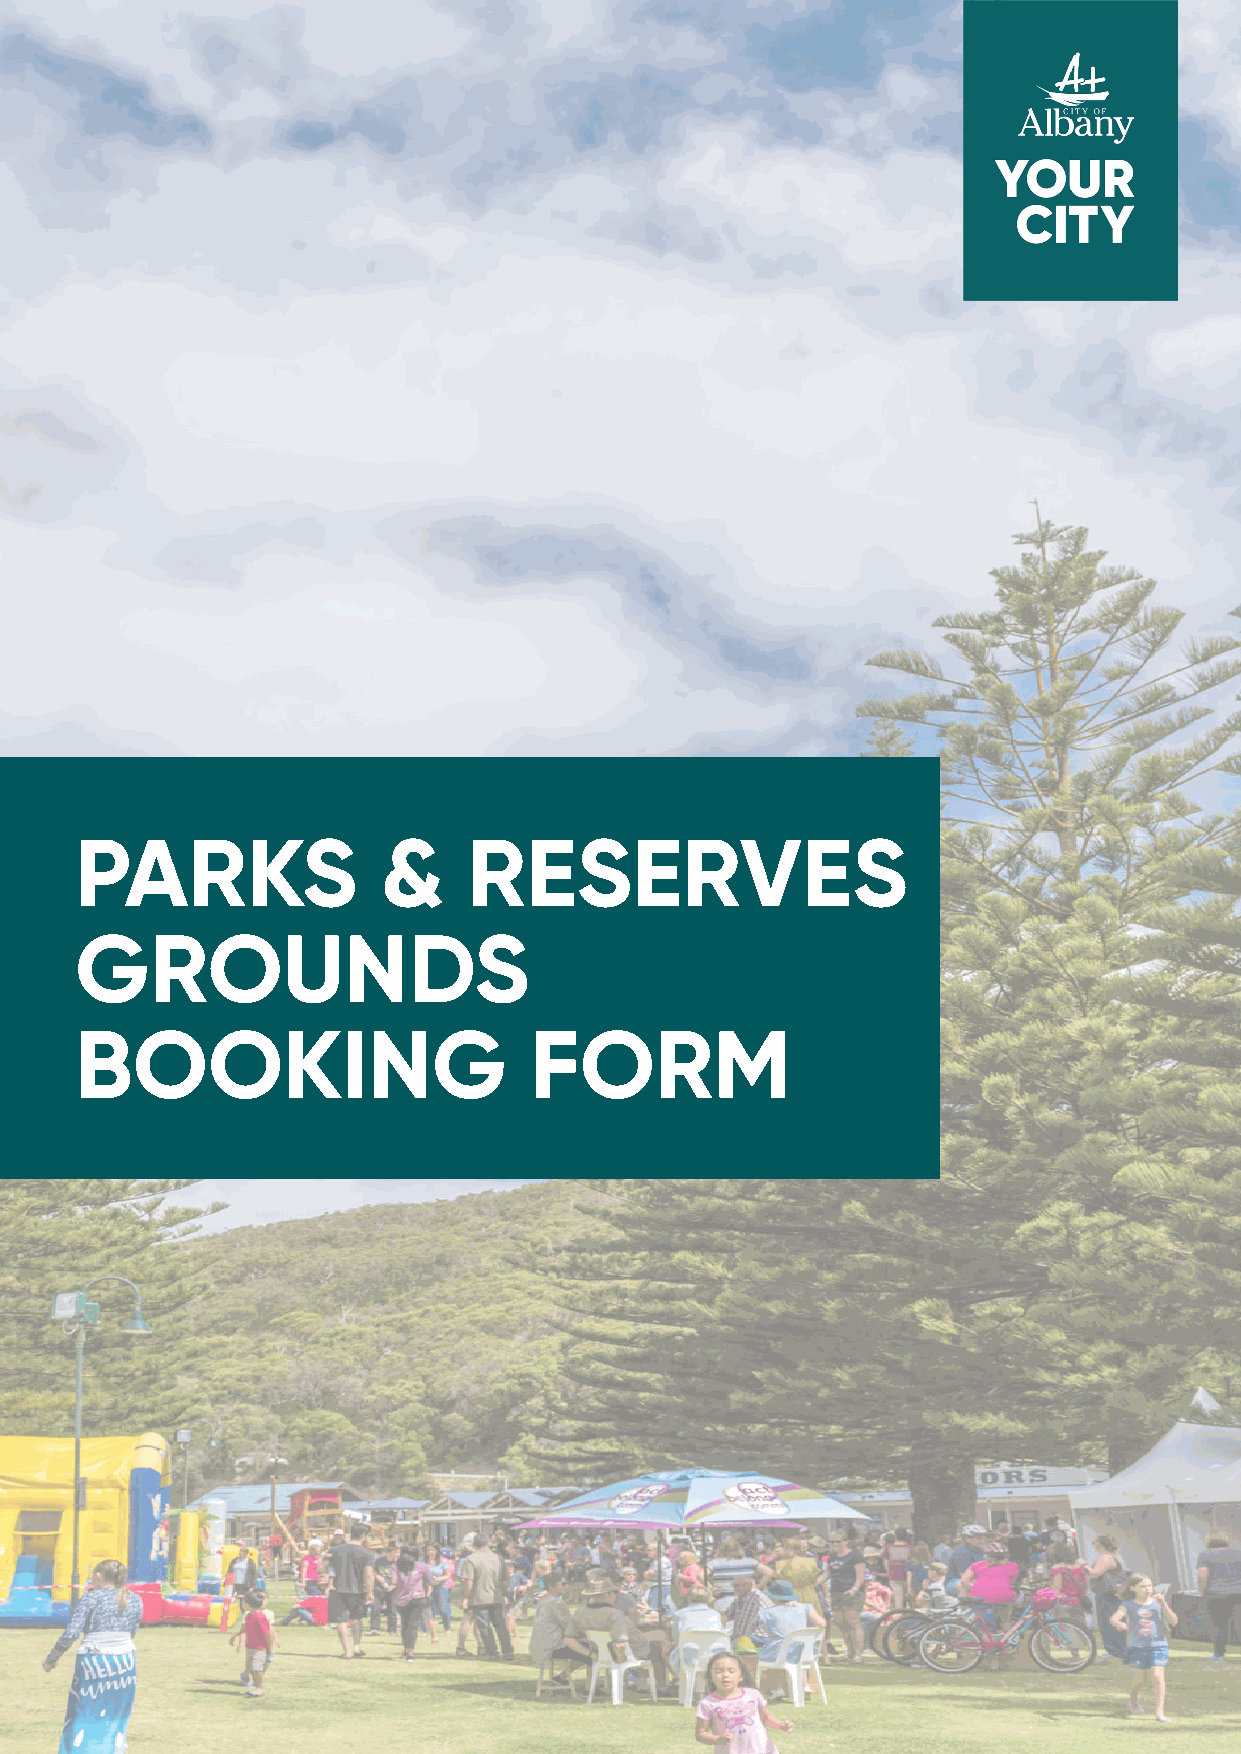
PPAARRKKSS          &&    RREESSEERRVVEESS
 GGRROOUUNNDDSS
 BBOOOOKKIINNGG                FFOORRMM